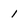
Character: 1